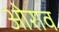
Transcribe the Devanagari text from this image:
ओराव